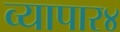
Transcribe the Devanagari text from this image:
व्यापार४